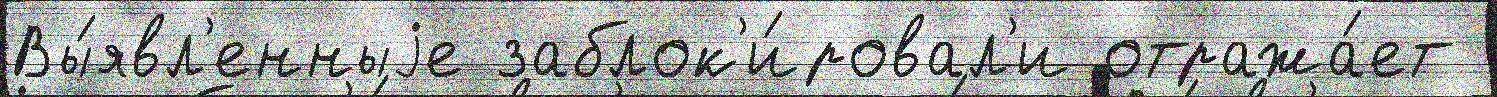
Вы́явл'енныjе заблок'и́ровал'и отража́ет